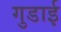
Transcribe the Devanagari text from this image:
गुडाई